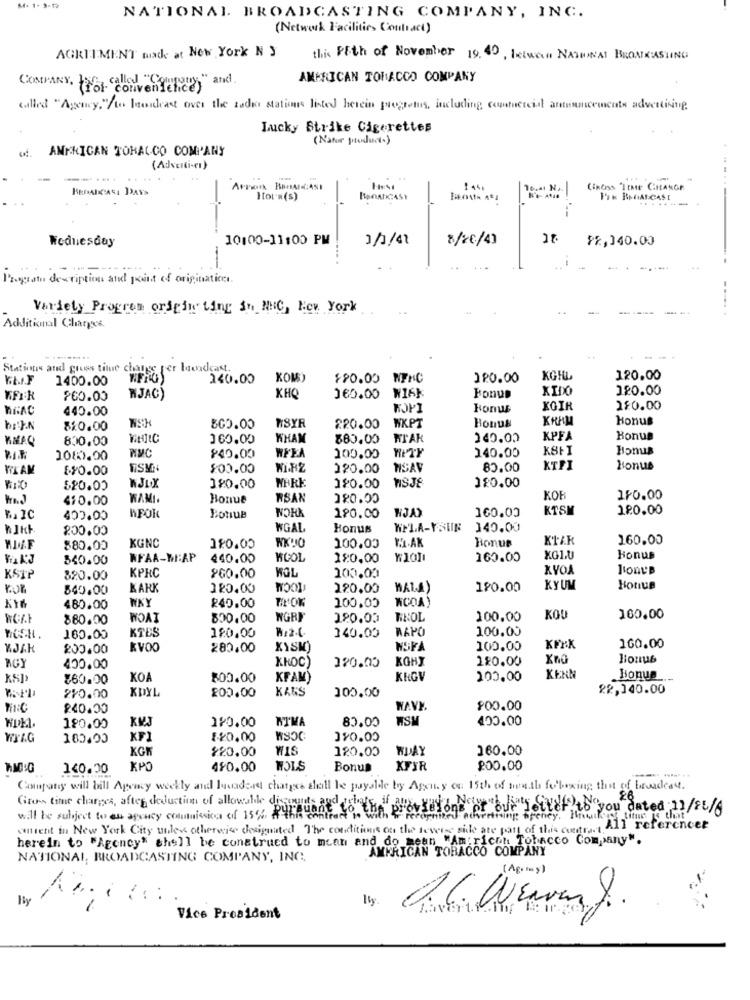
Sf. 1. 3-12
NATIONAL BROADCASTING COMPANY, INC.
(Network Facilities Contract)
AGRII.MEN'T made at New York N }
this PEth of November 19. 40, letueun NATRINAL BROADCASTING
AMERICAN TORACCO COMPANY
COMPANY. the "don"Rameny" and.
called "Agency,"to Jourdeast over the radio stations listed herein progress, including contactcial announcements advertising
Lucky Strike Cigarettes
(Natur productc)
ANKKICAN TORALCO COMPANY
(Adverti-en)
1 4%
Itor's(s)
FIK BAGAI CASE
......-
---
Wednesday
10100-11:00 PM
3/1/41
8/20/4]
PR,140.00
-
Pregato description and point of originatice .
Variety Program origin ting in NNC, New York
..... .
Additional Charges
Stations and grees titue change per broadcast.
1400.00
140.00
KOM)
$90.00 NFNC
120.00
KOHL
120.00
XIDO
120.00
260.00
WJAC)
XHO
160.00
Fonus
440.00
Honus
XGIR
2$0.00
Bonus
KRAM
Bonus
bryn
810.00
800.00
NSYR
220.00
WKPT
KMAQ
800.00
160.00
WHAM
880.00
WTAK
140.02
KPFA
Bonus
MMC
Honus
1080.00
$40.00
WFEA
100.00
140.00
FORAM
$$0.00
$:00.00
120.00
NSAV
80.00
KTFI
Bonus
120.00
$20.00
WJLOX
120.00
120.00
410.00
WAMI.
Bonue
RSAN
120.00
KOF
110.00
WORK
"JAY
160.00
KTSM
120.00
Ma IC
400.00
HFOK
BotuB
190.00
hJkk
200.00
WGAL
Bonus
WPLA-YSUN
140.00
KGNC
Bonus
160.00
880.00
120.00
WKDO
100.03
1.2.AK
540.00
WFAA-ME:AP
440.00
WCOL
120.00
160.00
XG1.U
Bonus
KPRC
KYOA
l'onyB
KSTP
820.00
260.00
WOL
100.00
840.00
KARK
120.00
WOOL
220.00
MALA
180.00
KY UM
Hotue
WKY
TITOK
100.00
WOOA)
480.00
£40.00
880.00
WOAI
800.00
NGRJ
180.03
WHOL
100.00
KOU
100.00
RAYO
100.00
160.00
KTES
120.00
140.00
200.00
280,00
XYSM)
100.00
KFXX
160.00
KKOC)
KGHJ
120.00
Kno
lionub
400.00
120.00
$60.00
XO
$00.00
KFAM
KRGV
100.00
KENN
Bonus
KDYL
200.00
KANS
22,140.00
210.00
100.00
240.00
WAVY.
$00.00
1/0.00
NIMA
80.00
180.00
KMJ
WIAG
160.00
XF
$20.00
WSOC
310.00
KGK
$20.00
WIS
120.00
WDAY
160.00
140.00
KPO
4$0.00
NOLS
Bonus
XFIR
200.00
Company will bill Agency weekly and luvaderet charges still be payable by Agency ou: 15th of men.the following thit of broadcast.
will be subject to an agency commission of 15% Purpuede
Grow time charges, after deduction of allowable ms f."
ne or "our Letter to you dated 11/26/8
cment in New York City unless otherwise designated The conditions on the reverse side are part of this contract All referencer
herein to "Agency" shell be construed to mcan and do mean "American Tobacco Company".
AMERICAN TOBACCO COMPANY
NATIONAL, BROADCASTING COMPANY, ING.
(Ag· my)
X
Vice President